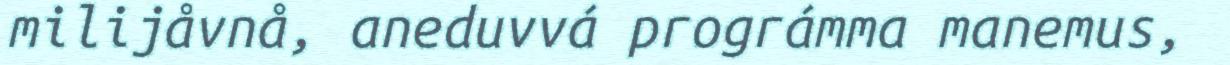
milijåvnå, aneduvvá prográmma manemus,